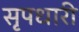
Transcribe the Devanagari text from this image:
सृपधारी